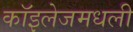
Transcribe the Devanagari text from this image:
कॉइलेजमधली